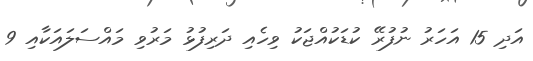
އަދި 15 އަހަރު ނުފުރޭ ކުޑަކުއްޖަކު ވިހެއި ދަރިފުޅު މަރުވި މައްސަލައަކާއި 9